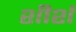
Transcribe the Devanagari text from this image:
शीर्श